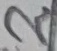
Text: 2